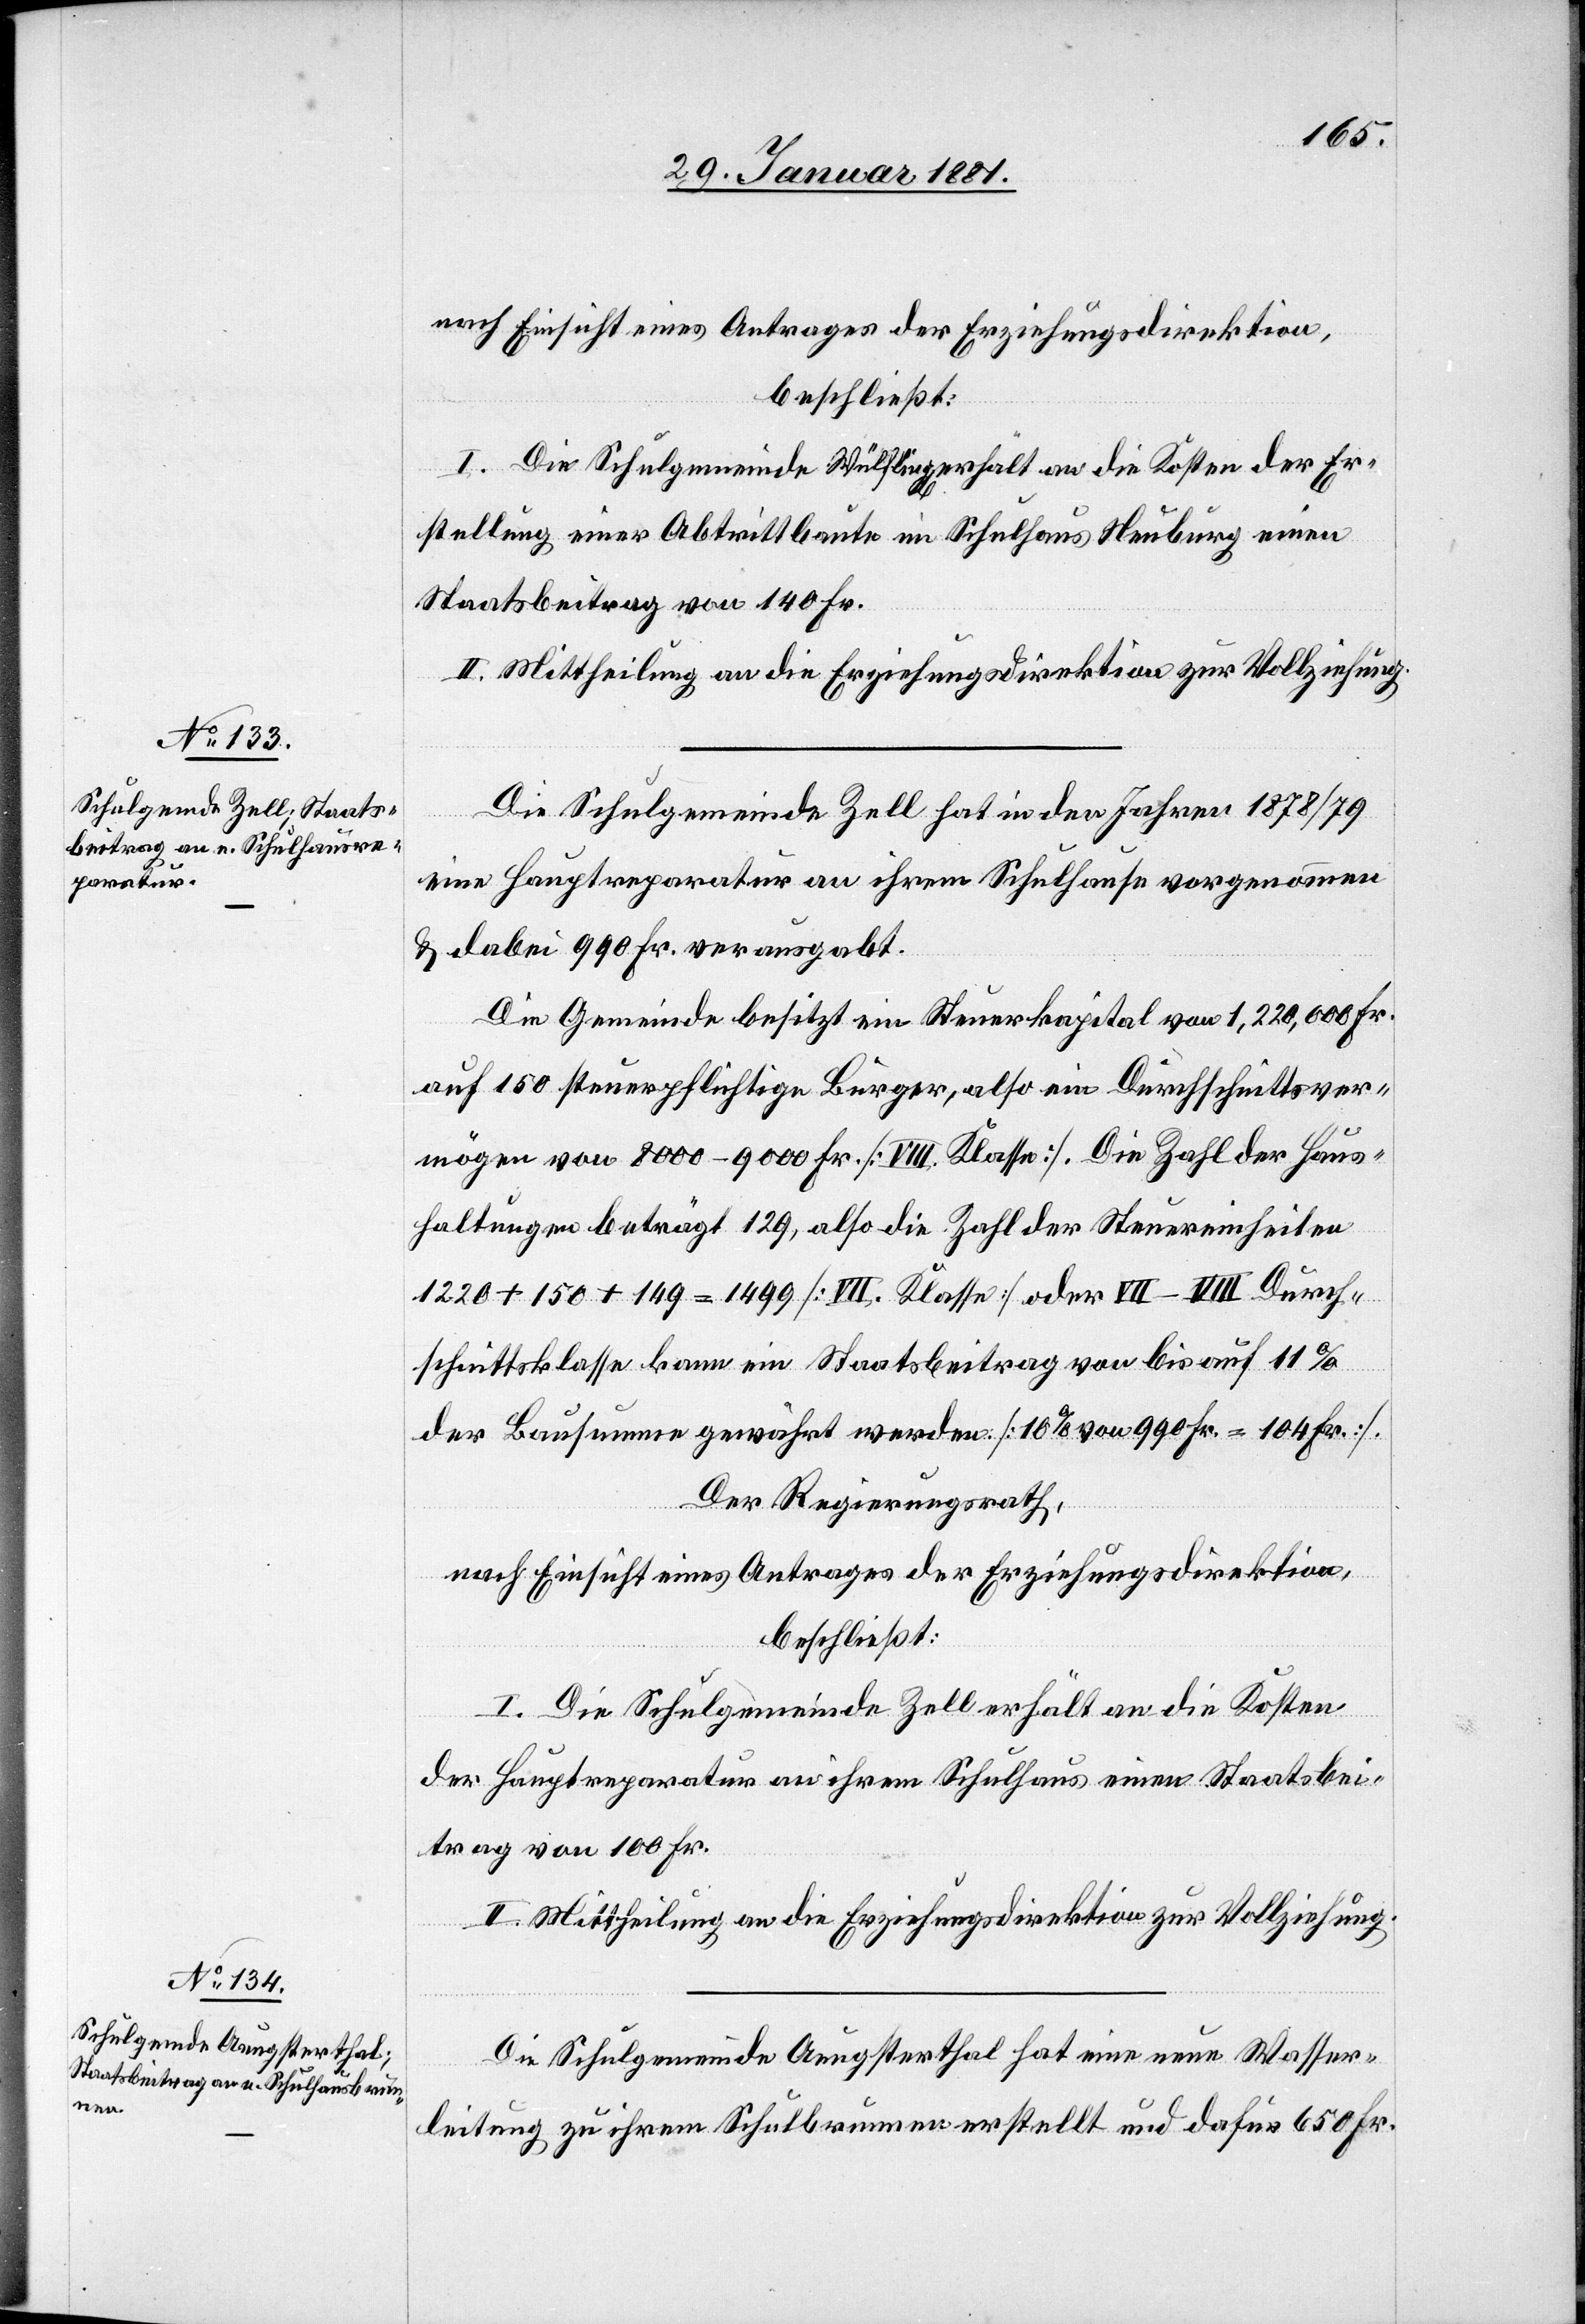
nach Einsicht eines Antrages der Erziehungsdirektion,
beschließt:
I. Die Schulgemeinde Wülflingen erhält an die Kosten der Er¬
stellung einer Abtrittbaute im Schulhaus Neuburg einen
Staatsbeitrag von 140 Fr.
II. Mittheilung an die Erziehungsdirektion zur Vollziehung.
Die Schulgemeinde Zell hat in den Jahren 1878/79
eine Hauptreparatur an ihrem Schulhause vorgenommen
& dabei 990 Fr. verausgabt.
Die Gemeinde besitzt ein Steuerkapital von 1,220,000 Fr.
auf 150 steuerpflichtige Bürger, also ein Durchschnittsver¬
mögen von 8000–9000 Fr. [VIII. Klasse]. Die Zahl der Haus¬
haltungen beträgt 129, also die Zahl der Steuereinheiten
1220 + 150 + 149 = 1499 [VII.Klasse] oder VII–VIII Durch¬
schnittsklasse kann ein Staatsbeitrag von bis auf 11%
der Bausumme gewährt werden [10% von 990Fr. = 104 Fr.].
Der Regierungsrath,
nach Einsicht eines Antrages der Erziehungsdirektion,
beschließt:
I. Die Schulgemeinde Zell erhält an die Kosten
der Hauptreparatur an ihrem Schulhaus einen Staatsbei¬
trag von 100 Fr.
II. Mittheilung an die Erziehungsdirektion zur Vollziehung.
Die Schulgemeinde Aeugsterthal hat eine neue Wasser¬
leitung zu ihrem Schulbrunnen erstellt und dafür 650 Fr.